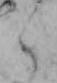
く